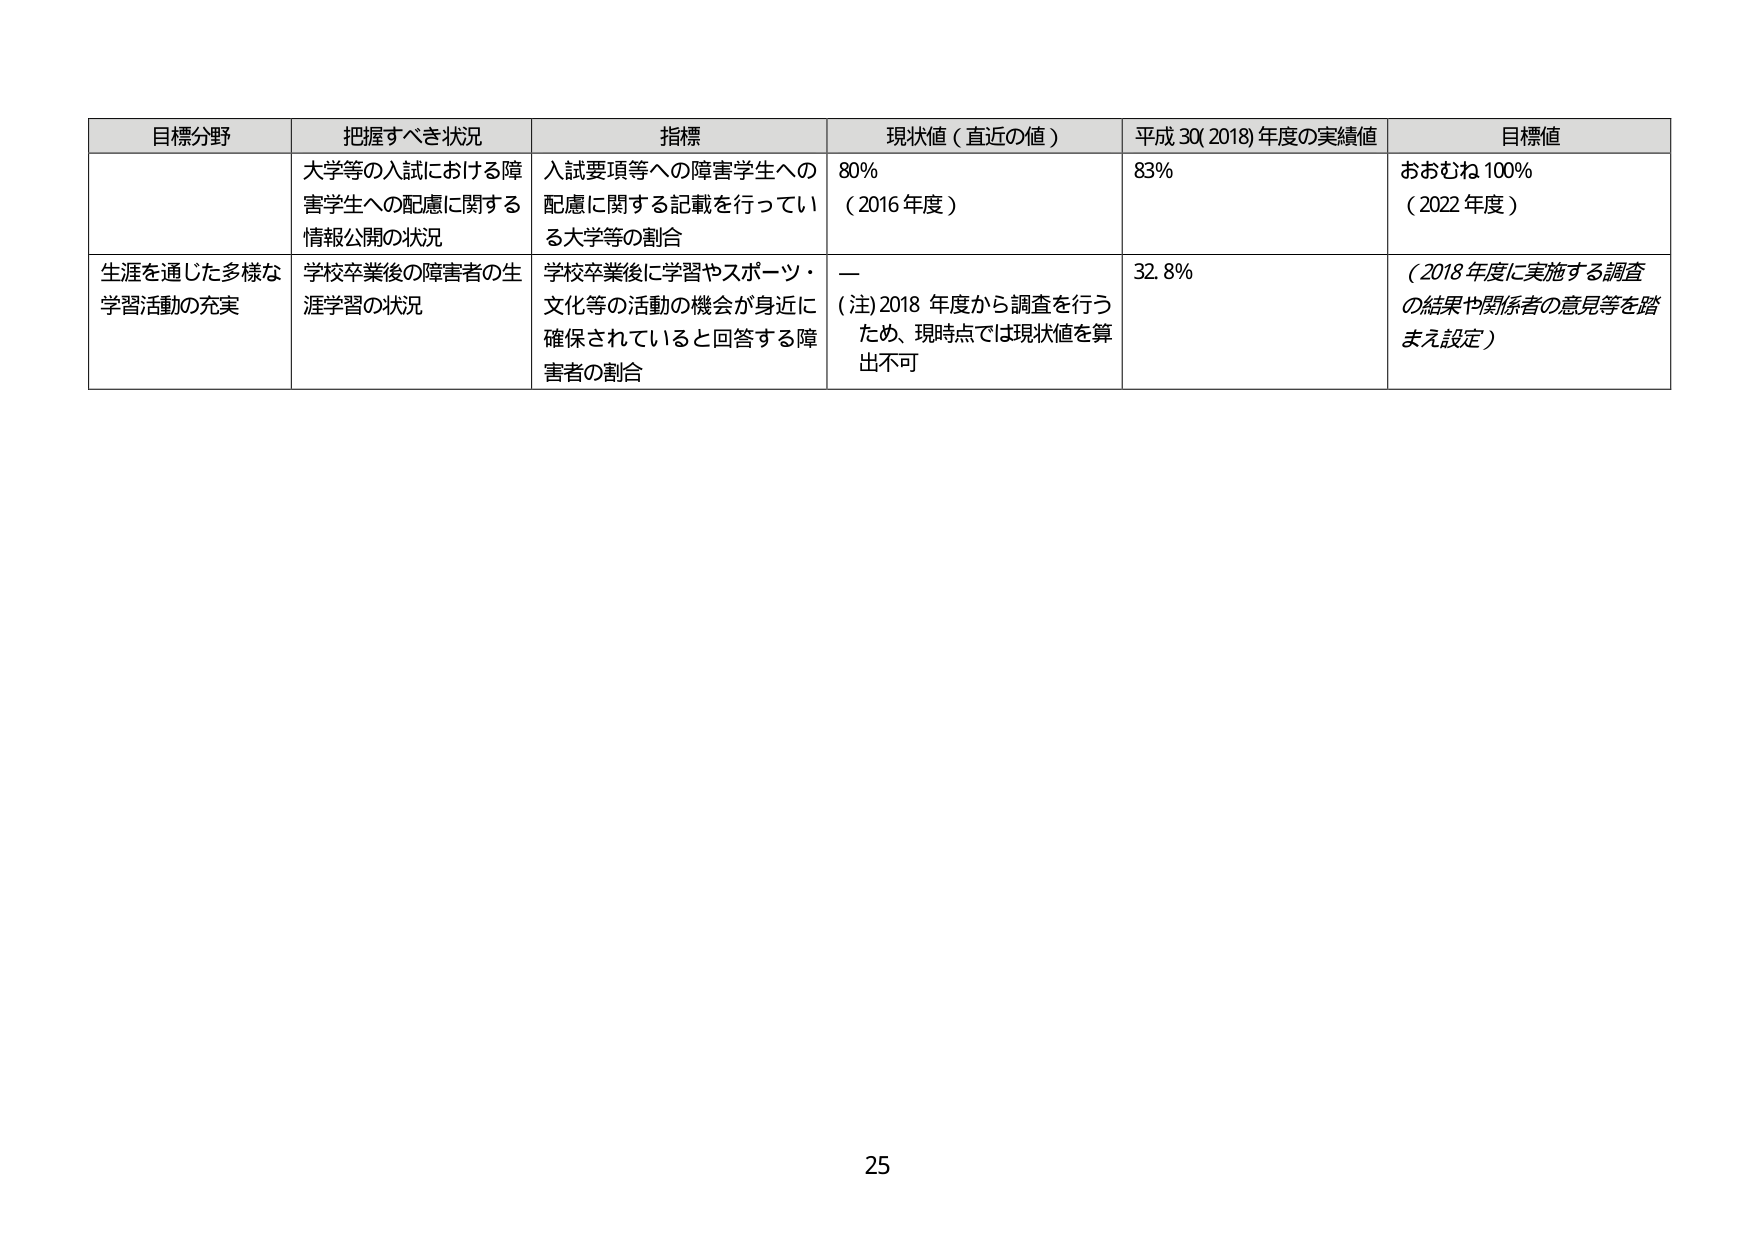
目標分野	把握すべき状況	指標	現状値（直近の値）	平成30(2018)年度の実績値	目標値
大学等の入試における障害学生への配慮に関する情報公開の状況	入試要項等への障害学生への配慮に関する記載を行っている大学等の割合	80%（2016年度）	83%	おおむね100%（2022年度）
生涯を通じた多様な学習活動の充実	学校卒業後の障害者の生涯学習の状況	学校卒業後に学習やスポーツ・文化等の活動の機会が身近に確保されていると回答する障害者の割合	ー（注）2018年度から調査を行うため、現時点では現状値を算出不可	32.8%	（2018年度に実施する調査の結果や関係者の意見等を踏まえ設定）

25